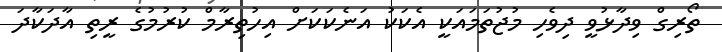
ތޯރިގް ވިދާޅުވީ ދިވެހި މުޖުތަމައަކީ އެކަކު އަނެކަކަށް އިހުތިރާމް ކުރުމުގެ ރީތި އާދަކާދަ